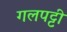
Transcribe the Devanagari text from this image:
गलपट्टी